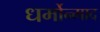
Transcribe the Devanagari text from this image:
धर्मोन्माद